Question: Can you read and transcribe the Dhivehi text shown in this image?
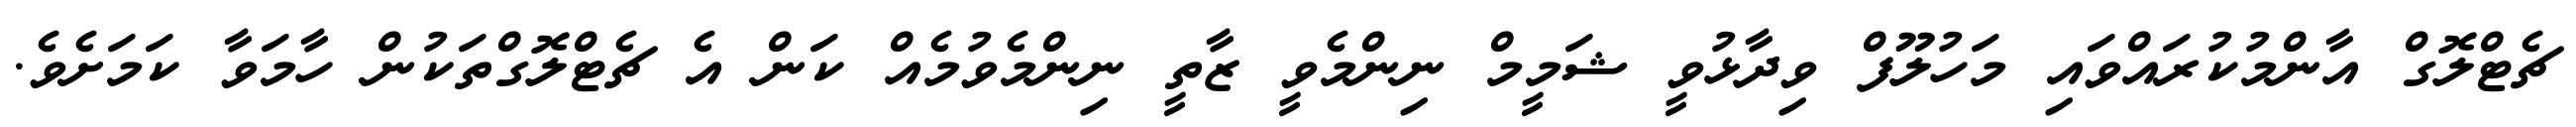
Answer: ޗެޓްލޮގް އާންމުކުރައްވައި މަހުލޫފް ވިދާޅުވީ ޝަމީމް ނިންމެވީ ޒާތީ ނިންމެވުމެއް ކަން އެ ޗެޓްލޮގްތަކުން ހާމަވާ ކަމަށެވެ.